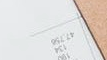
أعاقب